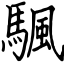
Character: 颿